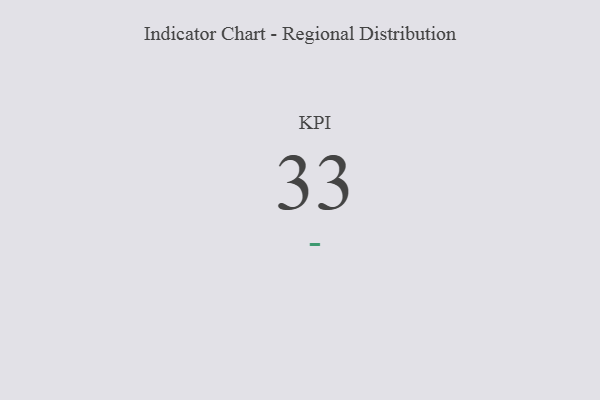
{"axis": {"x": "KPI", "y": "Value"}, "legend": [""], "data": [{"x": "KPI", "y": 33, "type": ""}]}